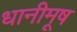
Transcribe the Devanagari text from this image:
धानीमूष